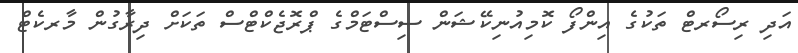
އަދި ރިސޯރޓް ތަކުގެ އިންފޯ ކޮމިިއުނިކޭޝަން ސިސްޓަމްގެ ޕްރޮޖެކްޓްސް ތަަަކަށް ދިރާގުން މާރކެޓް